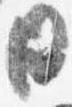
日